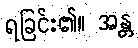
ရခြင်း၏။ အန္တ